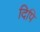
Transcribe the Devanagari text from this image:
दिपि